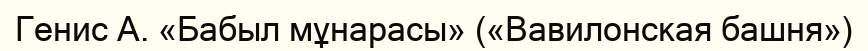
Генис А. «Бабыл мұнарасы» («Вавилонская башня»)